Insane asylums in Bengal annual reports 1867-1875 - 1867-1875
Year: 1867
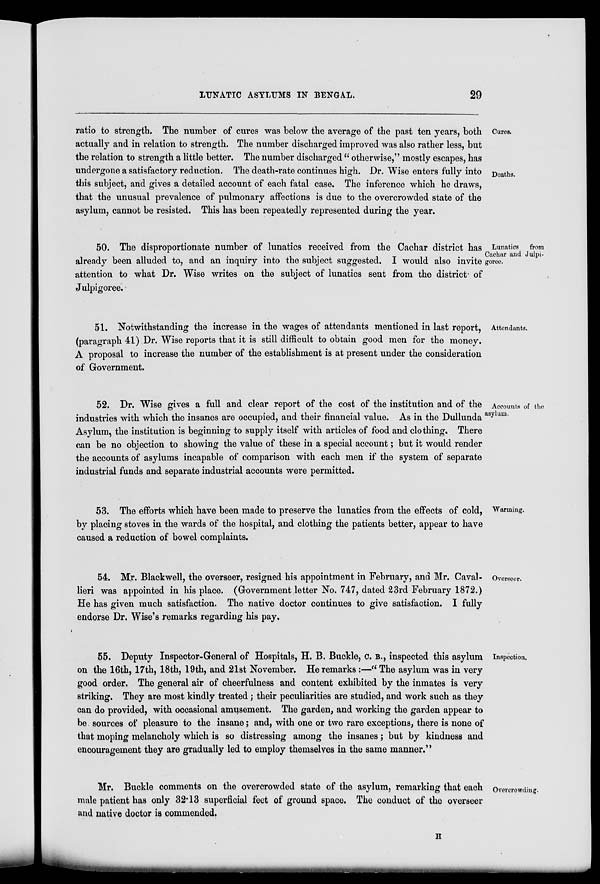
LUNATIC ASYLUMS IN BENGAL.
29
Cures.
Deaths.
ratio to strength. The number of cures was below the average of the past ten years, both
actually and in relation to strength. The number discharged improved was also rather less, but
the relation to strength a little better. The number discharged " otherwise," mostly escapes, has
undergone a satisfactory reduction. The death-rate continues high. Dr. Wise enters fully into
this subject, and gives a detailed account of each fatal case. The inference which he draws,
that the unusual prevalence of pulmonary affections is due to the overcrowded state of the
asylum, cannot be resisted. This has been repeatedly represented during the year.
Lunatics
from
Cachar and Julpi-
goree.
50. The disproportionate number of lunatics received from the Cachar district has
already been alluded to, and an inquiry into the subject suggested. I would also invite
attention to what Dr. Wise writes on the subject of lunatics sent from the district of
Julpigoree.
Attendants.
51. Notwithstanding the increase in the wages of attendants mentioned in last report,
(paragraph 41) Dr. Wise reports that it is still difficult to obtain good men for the money.
A proposal to increase the number of the establishment is at present under the consideration
of Government.
Accounts of the
asylum.
52. Dr. Wise gives a full and clear report of the cost of the institution and of the
industries with which the insanes are occupied, and their financial value. As in the Dullunda
Asylum, the institution is beginning to supply itself with articles of food and clothing. There
can be no objection to showing the value of these in a special account; but it would render
the accounts of asylums incapable of comparison with each men if the system of separate
industrial funds and separate industrial accounts were permitted.
Warming.
53. The efforts which have been made to preserve the lunatics from the effects of cold,
by placing stoves in the wards of the hospital, and clothing the patients better, appear to have
caused a reduction of bowel complaints.
Overseer.
54. Mr. Blackwell, the overseer, resigned his appointment in February, and Mr. Caval-
lieri was appointed in his place. (Government letter No. 747, dated 23rd February 1872.)
He has given much satisfaction. The native doctor continues to give satisfaction. I fully
endorse Dr. Wise's remarks regarding his pay.
Inspection.
55. Deputy Inspector-General of Hospitals, H. B. Buckle, C. B., inspected this asylum
on the 16th, 17th, 18th, 19th, and 21st November. He remarks:—" The asylum was in very
good order. The general air of cheerfulness and content exhibited by the inmates is very
striking. They are most kindly treated; their peculiarities are studied, and work such as they
can do provided, with occasional amusement. The garden, and working the garden appear to
be sources of pleasure to the insane; and, with one or two rare exceptions, there is none of
that moping melancholy which is so distressing among the insanes; but by kindness and
encouragement they are gradually led to employ themselves in the same manner.''
Overcrowding.
Mr. Buckle comments on the overcrowded state of the asylum, remarking that each
male patient has only 32.13 superficial feet of ground space. The conduct of the overseer
and native doctor is commended.
H